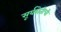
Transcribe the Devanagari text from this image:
सूर्यशेतीची